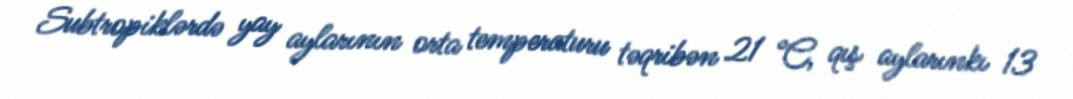
Subtropiklərdə yay aylarının orta temperaturu təqribən 21 °C, qış aylarınkı 13